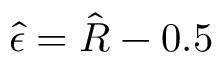
\hat { \epsilon } = \hat { R } - 0 . 5